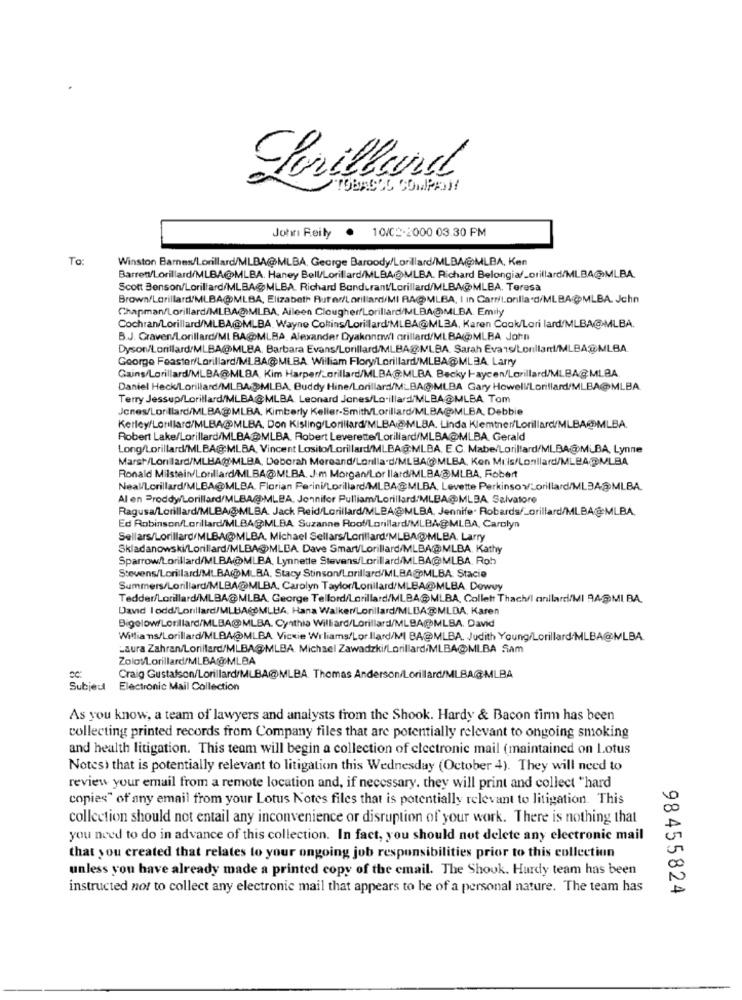
Porillard
10/C++2000 03.30 PM
John Feily
To:
Winston Barnes/Lorillard/MLBA@MLBA, George Baroody/Lorillard/MLBA@MLBA, Ken
Barrett/Lorillard/MLBA@MLBA. Haney Bell/Lorillard/MLBA@MLBA. Richard Belongiaf_orillard/MLBA@MLBA.
Scott Benson/Lorillard/MLBA@MLBA. Richard Bondurant/Lorillard/MLBA@MLBA. Teresa
Brown/Lorillard/MLBA@MLBA, Elizabeth Rufer/Lorillard/MI RA@MLBA, I In Cart/L.orilla.d/MLBA@MLBA. Jchn
Chapman/Lorillard/MLBA@MLBA, Aileen ClougherfLorillard/MLBA@MLBA. Emily
Cochran/Lorillard/MLBA@MLBA. Wayne Coltins/Lorillard/MLBA@ML3A, Karen Cook/Lori lard/MLBA@MLBA.
B.J. Graven/Lorillard/MI BA@MLBA, Alexander Dyakontwi orillard/MLBA(@MLBA John
Dyson/Lorillard/MLBA@MLBA. Barbara Evans/Lorillard/MLBA@MLBA. Sarah Eva1s/Lonllar/MLBA@MLBA.
George Feaster/Lorillard/MIBA@MLBA William Flory/Lorillard/MLBA@MLBA. Larry
Gains/Lorillard/MLBA@MLBA, Kim Harper/_orillard/MLBA@:MLBA. Becky laycen/Lorillard/MLBA@MLBA.
Daniel Heck/Lorillard/MLBA(@MLBA, Buddy Hine/Lorillard/MLBA(OMLBA Gary Howell/Lorillard/MLBA@MLBA
Terry Jessup/Lorillard/MLBA@MLBA Leonard Jones/Lo-illard/MLBA@MLBA Tom
Jenes/Lorillard/MLBA@MLBA. Kimberly Keller-Smith/Lorillard/MLBA@MLBA, Debbie
Kerley/Lonllard/MLBA@MLBA, Don Kisling/Lorillard/MLBA@MLBA. Linda Klemtner/Lorillard/MLBA@MLBA.
Robert Lake/Lorillard/MLBA@MLBA. Robert Leverette/Lorillard/MLBA@MLBA. Gerald
Long/Lorillard/MLBA@:MLBA, Vincent Losito/Lorillard/MLBA@MLBA. E.C. Mabe/Lorillard/MLBA@MLBA, Lynne
Marsh/Lonilard/MLHA()MLBA, Deborah Mereand/Lorillard/MLBA(@MLBA, Ken Mi:is/Lonllard/MLBA.@MLBA
Ronald Milstein/Lorillard/MLBA@MLBA. J.m Morgan/Lor llard/MLBA/@MLBA, Robert
Neal/Lorillard/MLBA@MLBA. Florian Perini/Lorillard/MLBA@MLBA, Levette PerkinsovLorillard/ML3A@MLBA.
Al en Proddy/Lorillard/MLBA@MLBA, Jonnifor Pulliam/Lorillard/MLBA@MLBA. Salvatore
Ragusa/Lorillard/MLBA@MLBA. Jack Reid/Lorillard/MLBA@MLBA, Jennife. Robards/_orillard/MLBA@:MLBA.
Ed Robinson/Lorillard/MLBA@MLBA Suzanne Roof/Lorillard/MLBA@MLBA, Carolyn
Sellars/Lorillard/MLBAMLBA, Michael Sellars/Lorillard'MLBA@MLBA. Larry
Skladanowski/Lorillard/MLBA@MLBA. Dave Smart/Lorillard/MLBA@MLBA. Kathy
Sparrow/Lorillard/MLBA@MLBA, Lynnette Stevens/Lorillard/MLBA@MLBA. Rob
Stevens/Lorillard/MLBA(DMLBA, Stacy Stinson/Lorillard/MLBA@MLBA. Stacie
Summers/Lorillard/MLBA@MLBA, Carolyn Taylor/Lonilard/MLBA@MLBA. Dewey
Tedder/Lorillard/MLBA@MLBA. George Tellord/Lorillard/MLBA@MLBA, Collett Thach/l anilard/MI RASMI BA.
David lodd/Lorillard/MLBA@MLHA, Hana Walker/Lorillard/MLBA@MLDA, Karen
Bigelow/Lorillard/MLBA@MLBA. Cynthia Williard/Lorillard/MLBA@MLBA. David
Willians/Lorillard/MLBA@MLBA Vickie Wrliams/Lor llard/MI BA@MLBA. Judith Young/Lorillard/MLBA@MLBA.
Laura Zahran/Lorillard/MLBA@MLBA. Michael Zawadzki/Lorillard/MLBA@MLBA Sam
Zolot/Lorillard/MLBA@MLBA
CC:
Craig Gustafson/Lorillard/MLBA@MLBA. Thomas Anderson/Lorillard/MLBA@MLBA
Subject
Electronic Mail Collection
As you know, a team of lawyers and analysts from the Shook. Hardy & Bacon firm has been
collecting printed records from Company files that are potentially relevant to ongoing smoking
and health litigation. This team will begin a collection of electronic mail (maintained on Lotus
Notes) that is potentially relevant to litigation this Wednesday (October 4). They will need to
review your email from a remote location and, if necessary, they will print and collect "hard
copies" of any email from your Lotus Notes files that is potentially relevant to litigation. This
collection should not entail any inconvenience or disruption of your work. There is nothing that
you need to do in advance of this collection. In fact, you should not delete any electronic mail
that you created that relates to your ongoing job responsibilities prior to this collection
unless you have already made a printed copy of the email. The Shook. Hardy team has been
instructed not to collect any electronic mail that appears to be of a personal nature. The team has
98455824